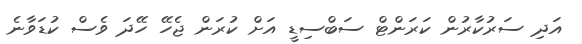
އަދި ސަރުކާރުން ކަރަންޓް ސަބްސިޑީ އަށް ކުރަން ޖެހޭ ހޭދަ ވެސް ކުޑަވާނެ